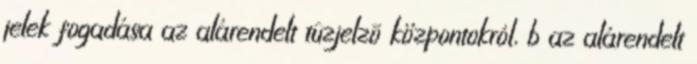
jelek fogadása az alárendelt tûzjelzõ központokról, b az alárendelt